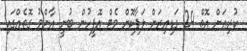
ކުރިއަށް އޮތް 24 ގަޑިއިރަށް ލަފާކޮށް މެޓް އޮފީހުން ބުނީ އާންމު ގޮތެއްގައި